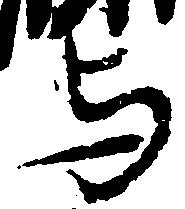
与